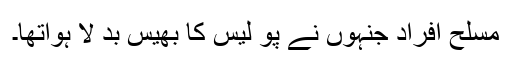
مسلح افراد جنہوں نے پو لیس کا بھیس بد لا ہواتھا۔